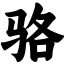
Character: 骆